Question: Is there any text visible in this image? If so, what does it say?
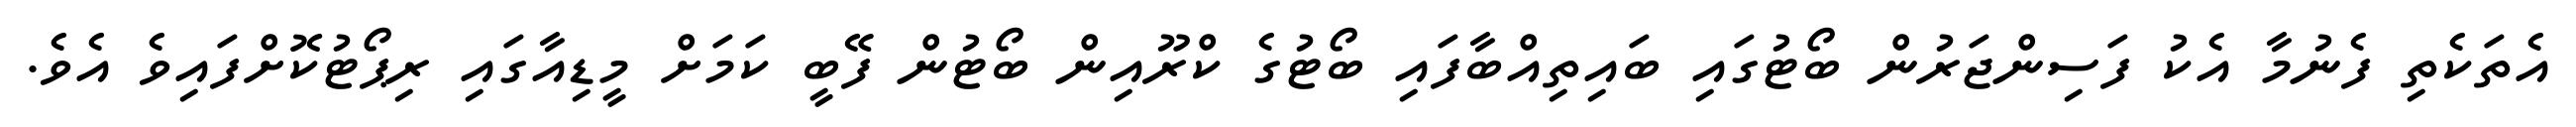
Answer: އެތަކެތި ފެނުމާ އެކު ފަސިންޖަރުން ބޯޓުގައި ބައިތިއްބާފައި ބޯޓުގެ ކްރޫއިން ބޯޓުން ފޭބީ ކަމަށް މީޑިއާގައި ރިޕޯޓުކޮށްފައިވެ އެވެ.